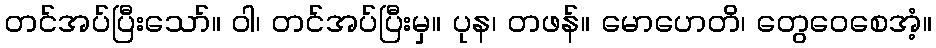
တင်အပ်ပြီးသော်။ ဝါ၊ တင်အပ်ပြီးမှ။ ပုန၊ တဖန်။ မောဟေတိ၊ တွေဝေစေအံ့။